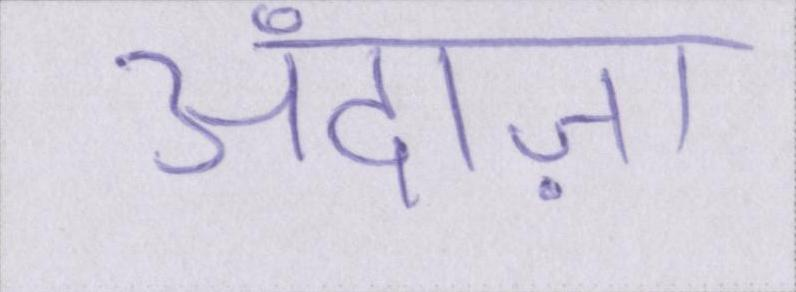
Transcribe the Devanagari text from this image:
अंदाज़ा